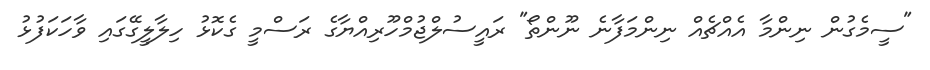
"ސީމެގުން ނިންމާ އެއްޗެއް ނިންމަފާނެ ނޫންތޯ" ރައީސުލްޖުމްހޫރިއްޔާގެ ރަސްމީ ގެކޮޅު ހިލާލީގޭގައި ވާހަކަފުޅު